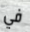
في